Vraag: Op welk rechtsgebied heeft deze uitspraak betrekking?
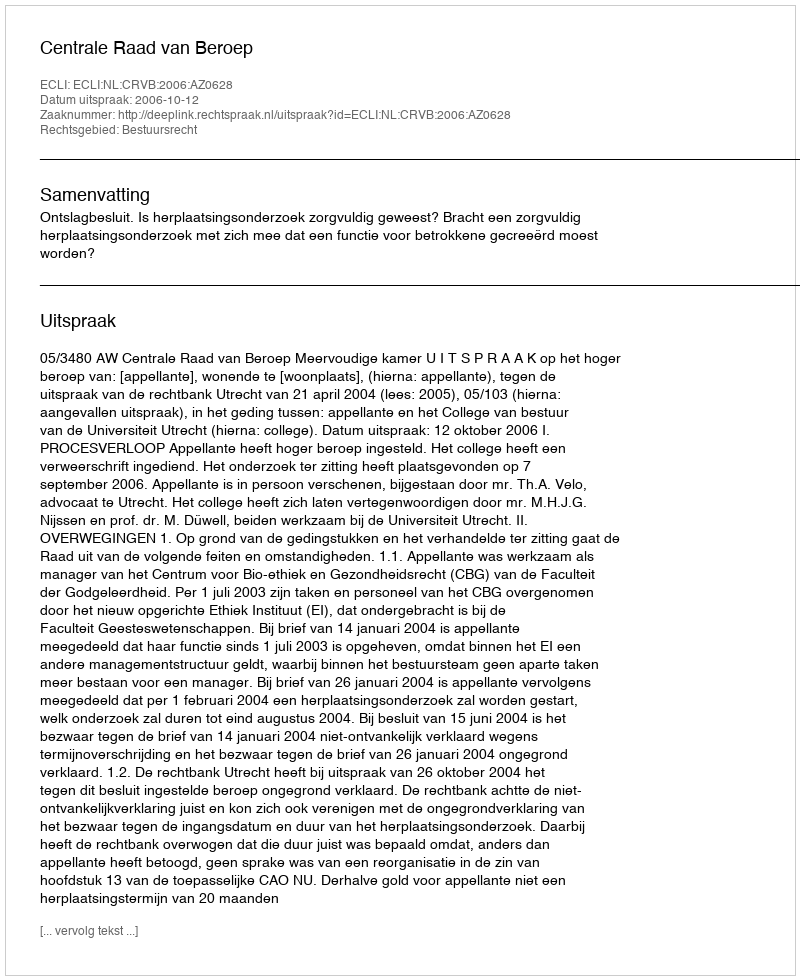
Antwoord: Bestuursrecht